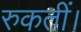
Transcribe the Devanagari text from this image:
रुकतीं।